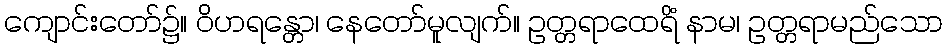
ကျောင်းတော်၌။ ဝိဟရန္တော၊ နေတော်မူလျက်။ ဥတ္တရာထေရိံ နာမ၊ ဥတ္တရာမည်သော